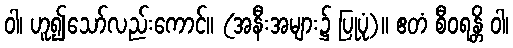
ဝါ၊ ဟူ၍သော်လည်းကောင်။ (အနီးအများ၌ ပြုပုံ)။ ဧတံ စီဝရန္တိ ဝါ၊